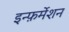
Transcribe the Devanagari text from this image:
इन्फ़र्मेशन